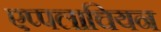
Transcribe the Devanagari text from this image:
एप्पलाचियन